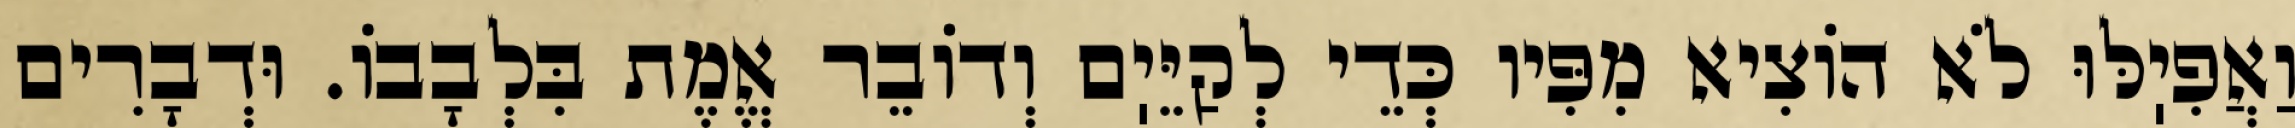
וַאֲפִיֽלּוּ לֹא הוֹצִיא מִפִּיו כְּדֵי לְקַיֵּיֽם וְדוֹבֵר אֱמֶת בִּלְבָבוֹ. וּדְבָרִים